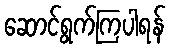
ဆောင်ရွက်ကြပါရန်